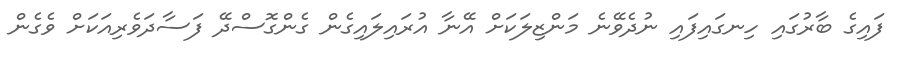
ފައިގެ ބާރުގައި ހިނގައިފައި ނުދެވޭނެ މަންޒިލަކަށް އޭނާ އުރައިލައިގެން ގެންގޮސްދޭ ފަސާދަވެރިއަކަށް ވެގެން